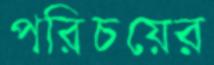
পরিচয়ের